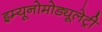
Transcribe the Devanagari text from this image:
इम्यूनोमोड्यूलेट्री